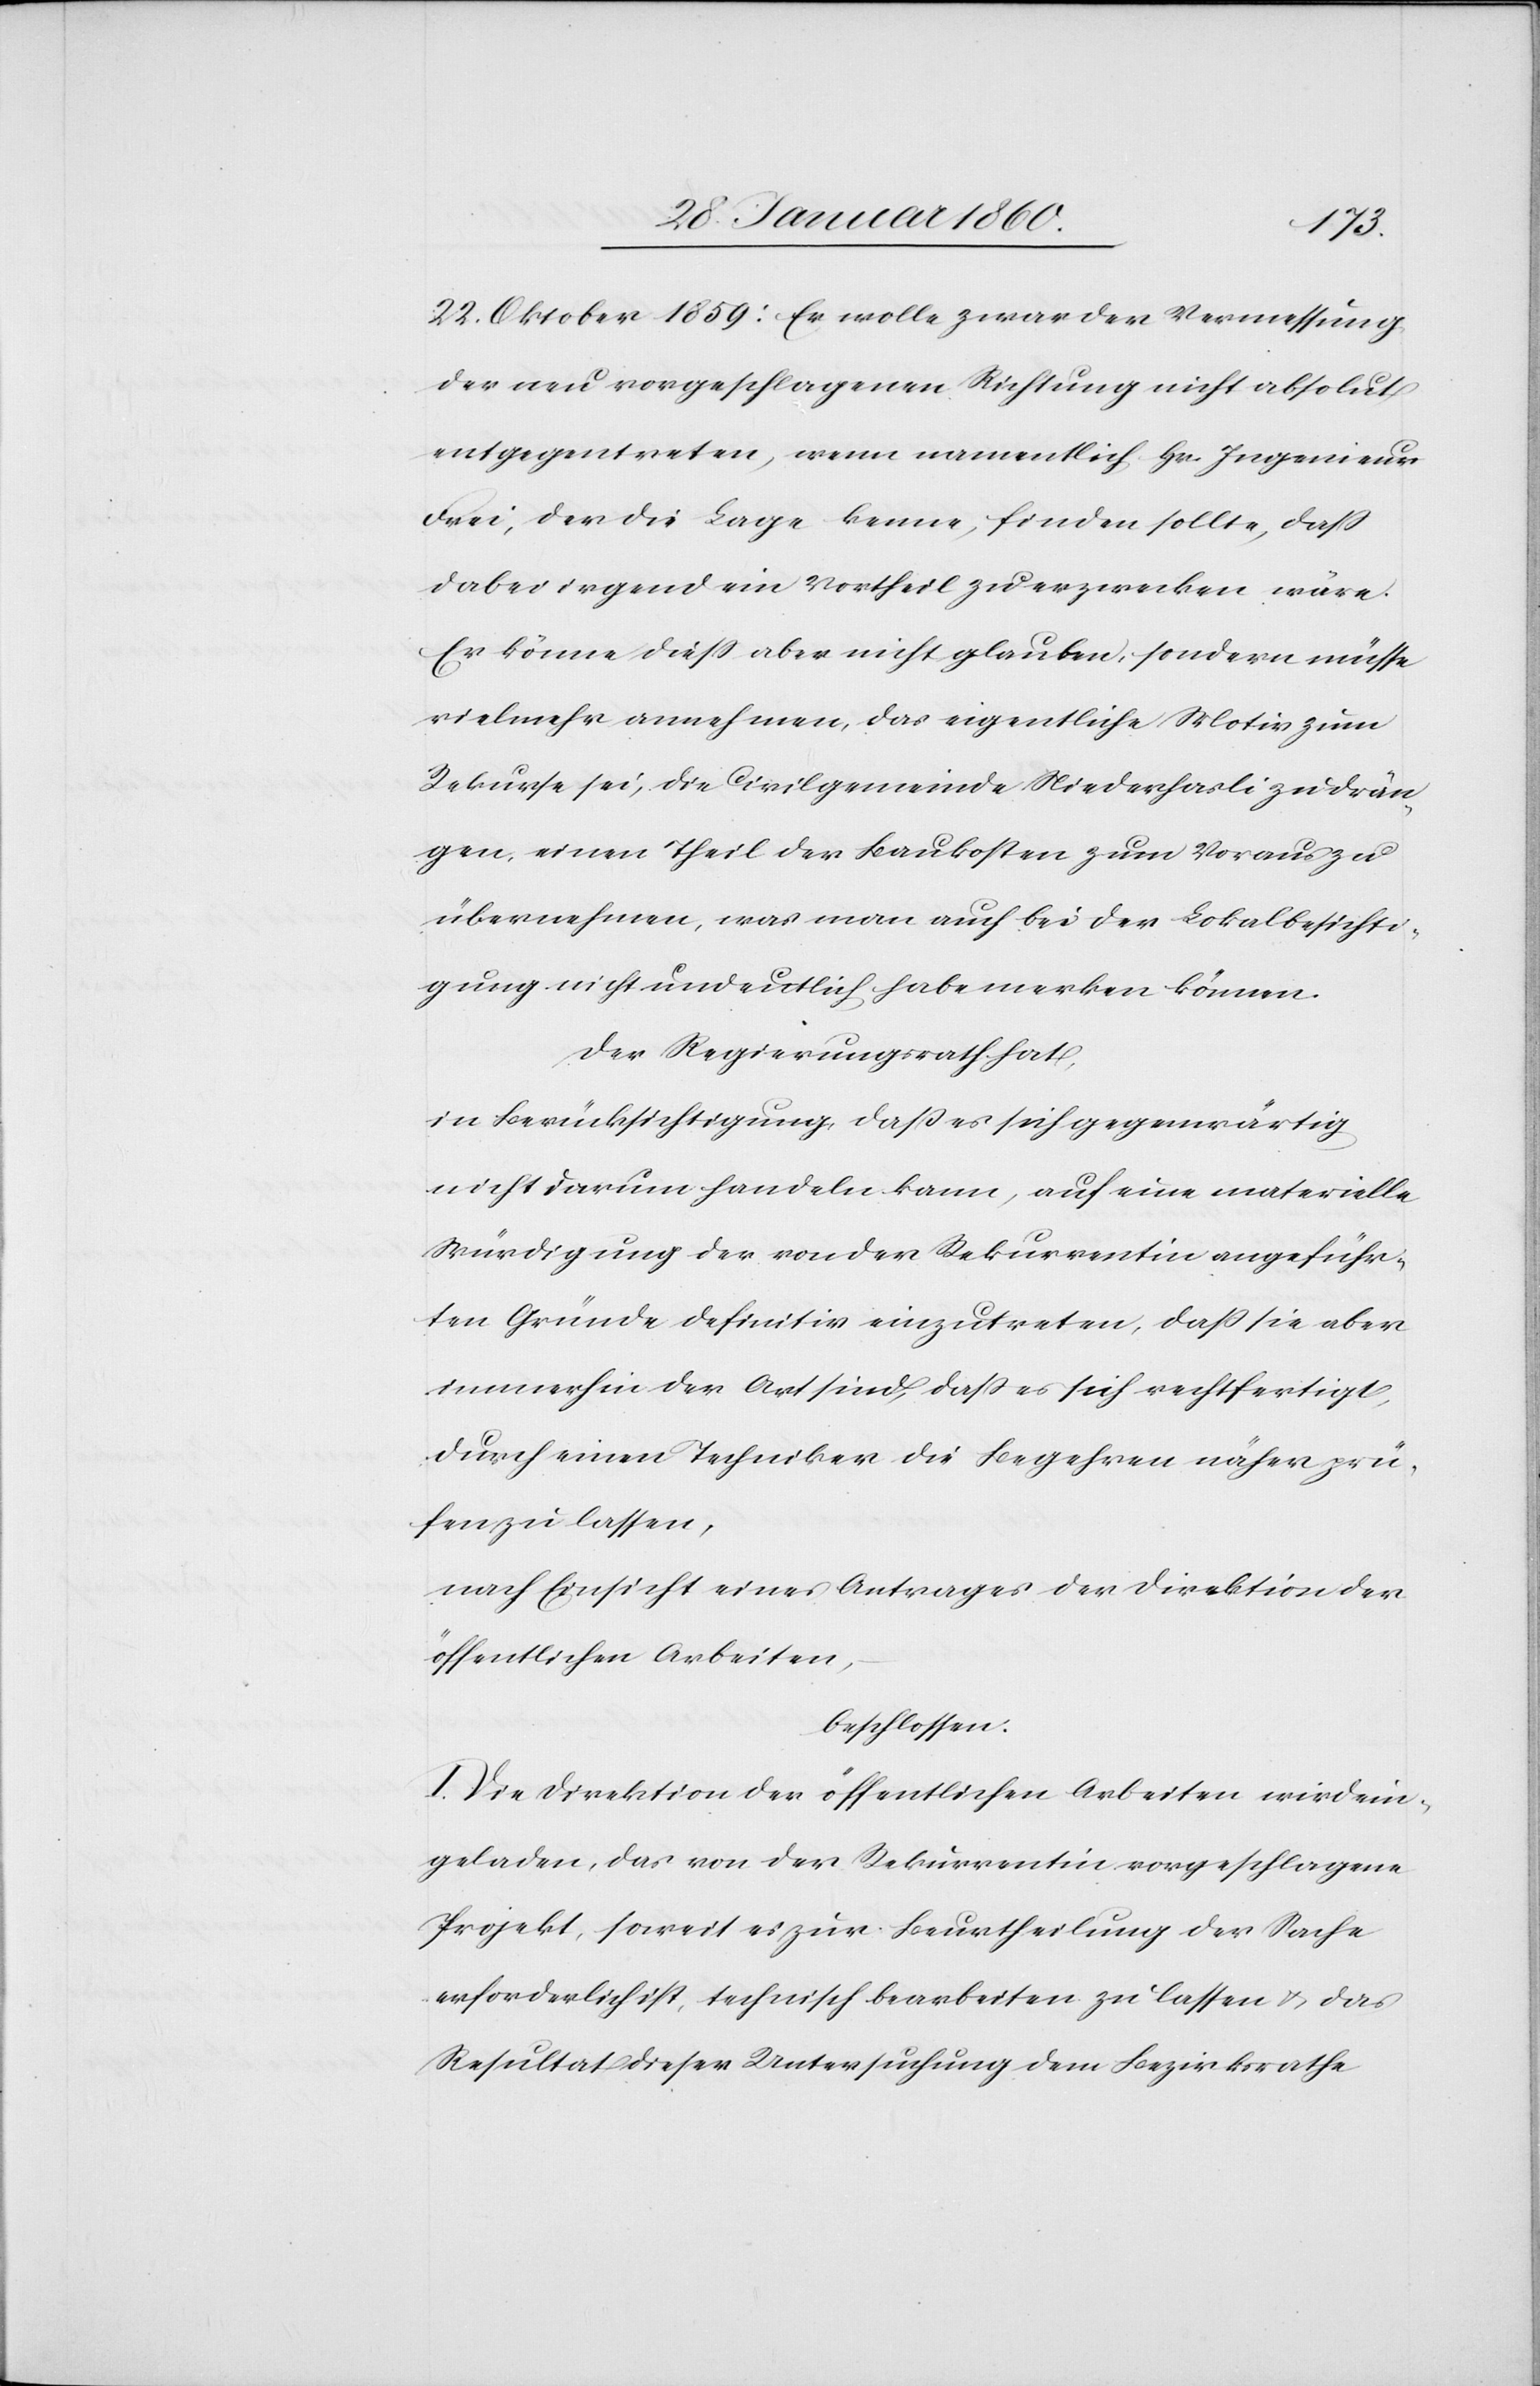
22. Oktober 1859: Er wolle zwar der Vermessung
der neu vorgeschlagenen Richtung nicht absolut
entgegentreten, wenn namentlich Hr. Ingenieur
Frei, der die Lage kenne, finden sollte, dass
dabei irgend ein Vortheil zu erzwecken wäre.
Er könne diess aber nicht glauben, sondern müsse
vielmehr annehmen, das eigentliche Motiv zum
Rekurse sei, die Civilgemeinde Niederhasli zu drän¬
gen, einen Theil der Baukosten zum Voraus zu
übernehmen, was man auch bei der Lokalbesichti¬
gung nicht undeutlich habe merken können.
Der Regierungsrath hat,
in Berücksichtigung, dass es sich gegenwärtig
nicht darum handeln kann, auf eine materielle
Würdigung der von der Rekurrentin angeführ¬
ten Gründe definitiv einzutreten, dass sie aber
immerhin der Art sind, dass es sich rechtfertigt,
durch einen Techniker die Begehren näher prü¬
fen zu lassen,
nach Einsicht eines Antrages der Direktion der
öffentlichen Arbeiten,
beschlossen:
I.) Die Direktion der öffentlichen Arbeiten wird ein¬
geladen, das von der Rekurrentin vorgeschlagene
Projekt, soweit es zur Beurtheilung der Sache
erforderlich ist, technisch bearbeiten zu lassen u. das
Resultat dieser Untersuchung dem Bezirksrathe